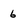
Character: 6